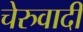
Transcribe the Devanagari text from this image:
चेरुवादी